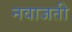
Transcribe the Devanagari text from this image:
नवाजती